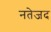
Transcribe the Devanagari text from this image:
नतेजद